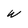
Character: W